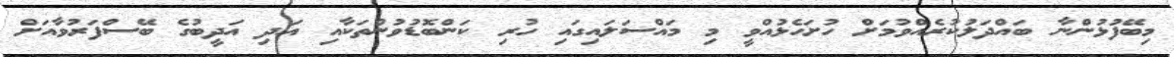
މިބޭފުޅުންނާ ބައްދަލުކުރެއްވުމަށް ހުށަހެޅުއްވީ މި މައްސަލައިގައި ހުރި ކަންބޮޑުވުންތަކާއި އަދި އަދީބުގެ ބޭސްފަރުވާއަށް